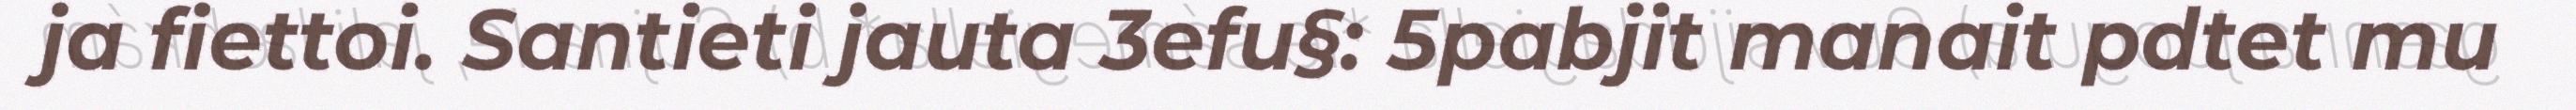
ja fiettoi. Santieti jauta 3efu§: 5pabjit manait pdtet mu